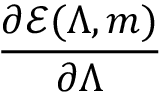
\frac { \partial \mathcal { E } ( \Lambda , m ) } { \partial \Lambda }